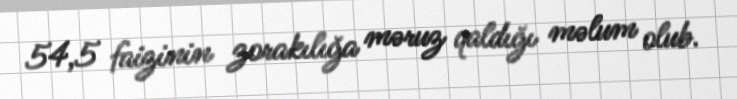
54,5 faizinin zorakılığa məruz qaldığı məlum olub.